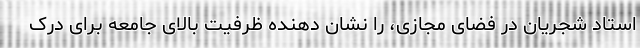
استاد شجریان در فضای مجازی، را نشان دهنده ظرفیت بالای جامعه برای درک